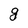
Character: g